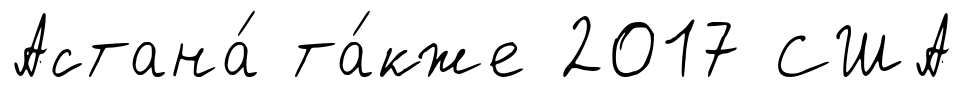
Астана́ та́кже 2017 США